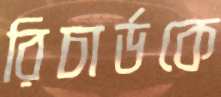
রিচার্ডকে